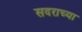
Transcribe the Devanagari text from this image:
सदराच्या